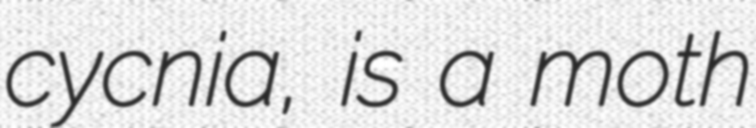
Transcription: cycnia, is a moth